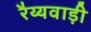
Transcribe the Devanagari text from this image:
रैय्यवाड़ी